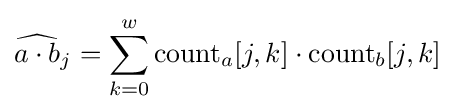
{\widehat {a\cdot b}}_{j}=\sum _{k=0}^{w}\mathrm {count} _{a}[j,k]\cdot \mathrm {count} _{b}[j,k]